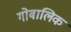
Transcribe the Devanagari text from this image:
गोबालिक